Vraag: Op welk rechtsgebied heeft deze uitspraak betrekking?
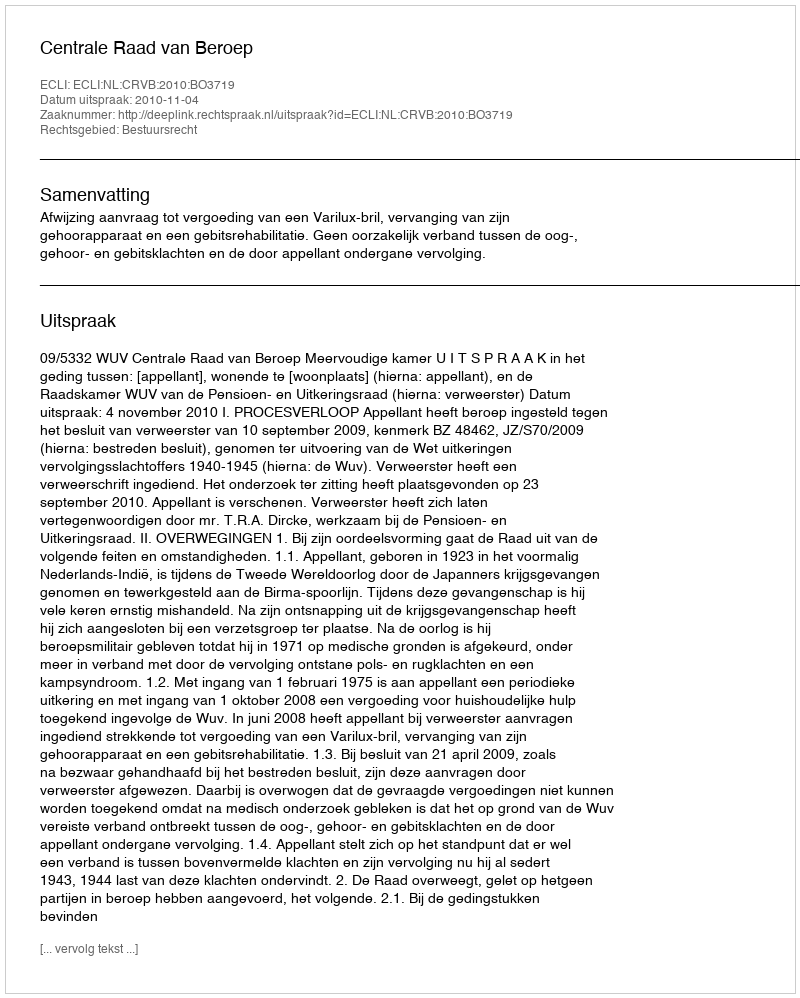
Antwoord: Bestuursrecht